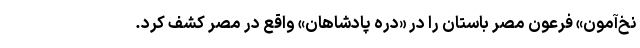
نخ‌آمون» فرعون مصر باستان را در «دره پادشاهان» واقع در مصر کشف کرد.